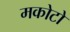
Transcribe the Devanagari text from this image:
मकोटो